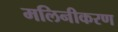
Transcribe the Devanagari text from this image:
मलिनीकरण